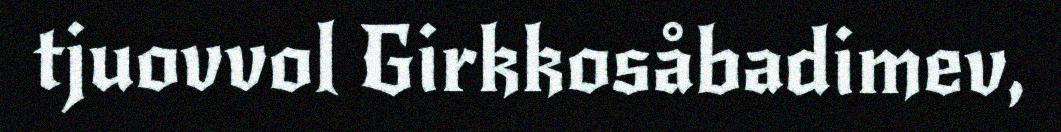
tjuovvol Girkkosåbadimev,